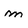
Character: m